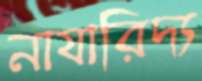
নাযারিদ্য